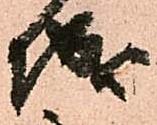
城